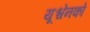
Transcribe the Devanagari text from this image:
यूश्चेनको